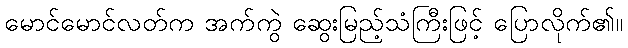
မောင်မောင်လတ်က အက်ကွဲ ဆွေးမြည့်သံကြီးဖြင့် ပြောလိုက်၏။